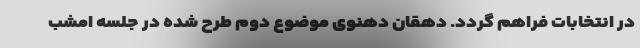
در انتخابات فراهم گردد. دهقان دهنوی موضوع دوم طرح شده در جلسه امشب